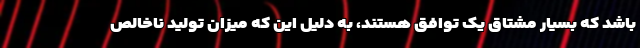
باشد که بسیار مشتاق یک توافق هستند، به دلیل این که میزان تولید ناخالص